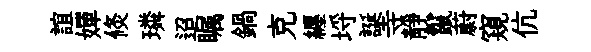
誼嬋倐璘迢瞩鍋克纒埓誕寺靜鬣蔚窺伉